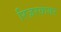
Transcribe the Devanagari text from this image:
रिज़रवायर